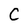
Character: C